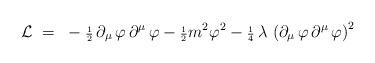
LaTeX: \begin{align*}{\cal L} ~=~ - {\scriptstyle \frac{1}{2}}\, \partial_{\mu}\, \varphi\,\partial^{\mu} \, \varphi - {\scriptstyle \frac{1}{2}} m^2\varphi^2 - {\scriptstyle \frac{1}{4}} \, \lambda\, \left( \partial_{\mu}\, \varphi\, \partial^{\mu}\, \varphi\right)^2\end{align*}